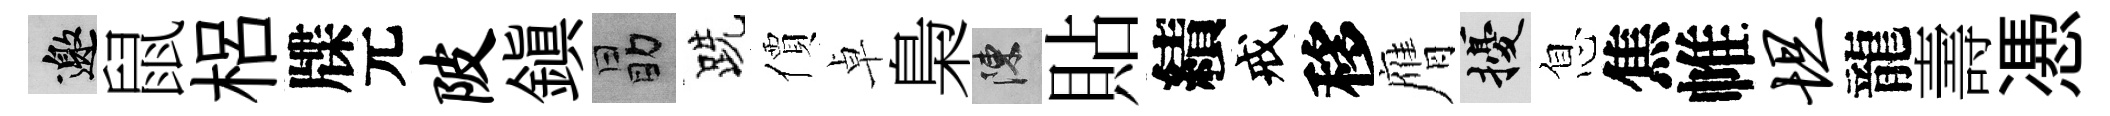
邀鼠梠牒元陂鎮勗跣價卓梟陳貼績戒移膺擾息焦帷坦龍壽慿